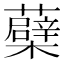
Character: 蘗